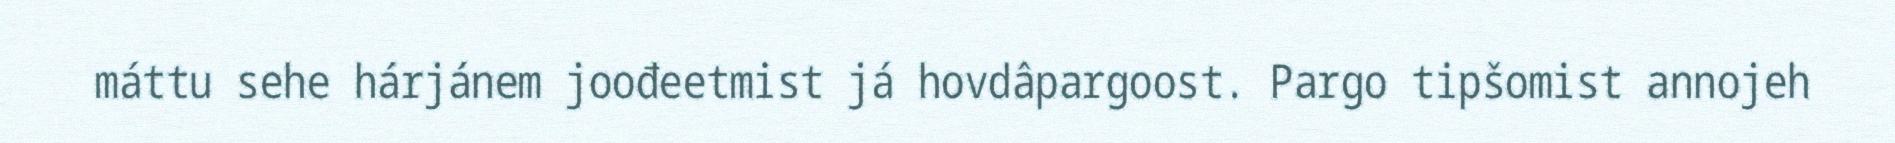
máttu sehe hárjánem joođeetmist já hovdâpargoost. Pargo tipšomist annojeh